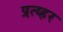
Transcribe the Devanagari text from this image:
प्रत्य्हर